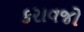
કરાવજો